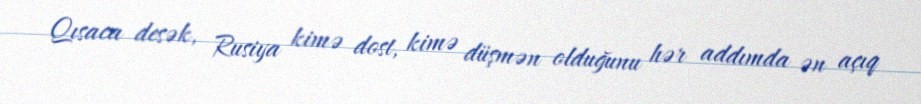
Qısaca desək, Rusiya kimə dost, kimə düşmən olduğunu hər addımda ən açıq